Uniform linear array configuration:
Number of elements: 12
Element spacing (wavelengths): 0.5
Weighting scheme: blackman
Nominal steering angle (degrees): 45
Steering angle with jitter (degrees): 44.157
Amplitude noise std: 0.05
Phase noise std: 0.05

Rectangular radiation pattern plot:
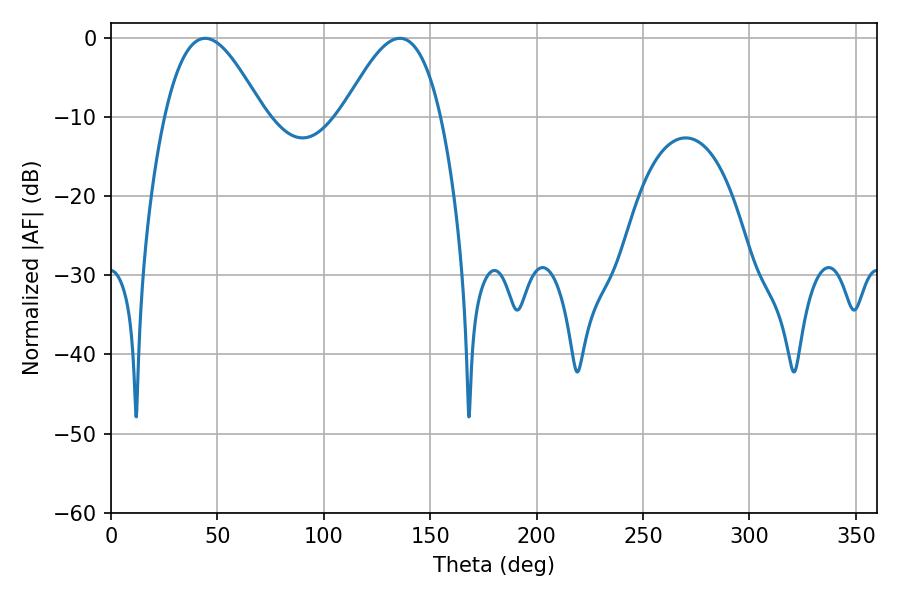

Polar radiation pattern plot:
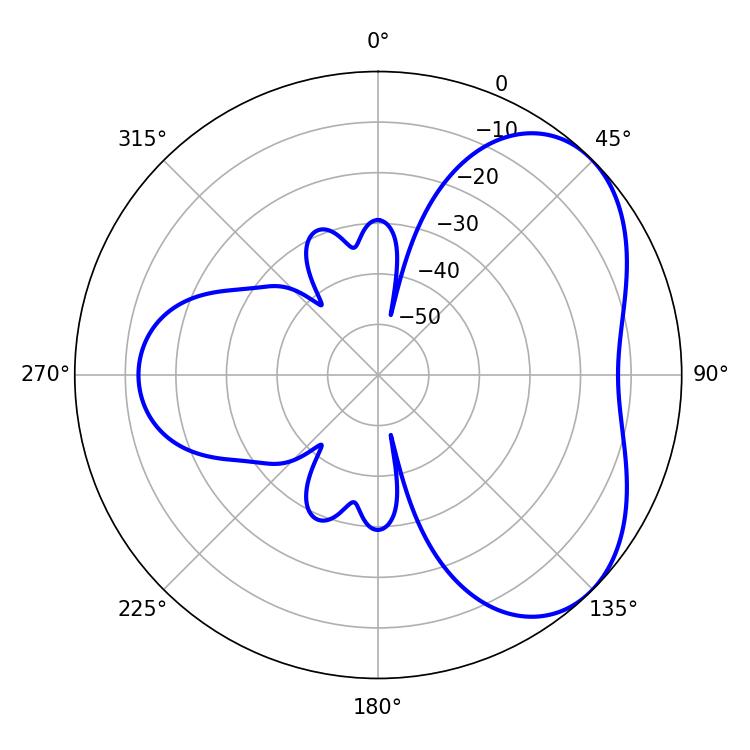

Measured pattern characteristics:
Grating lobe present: FALSE
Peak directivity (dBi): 4.666
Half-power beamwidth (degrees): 25.02
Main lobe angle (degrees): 44.28